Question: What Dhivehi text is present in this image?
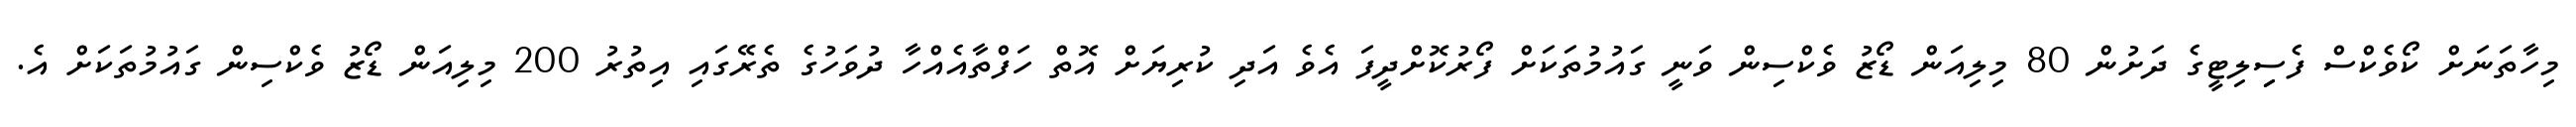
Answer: މިހާތަނަށް ކޯވެކްސް ފެސިިލިޓީގެ ދަށުން 80 މިލިއަން ޑޯޒު ވެކްސިން ވަނީ ގައުމުތަކަށް ފޯރުކޮށްދީފަ އެވެ އަދި ކުރިޔަށް އޮތް ހަފްތާއެއްހާ ދުވަހުގެ ތެރޭގައި އިތުރު 200 މިލިއަން ޑޯޒު ވެކްސިން ގައުމުތަކަށް އެ.